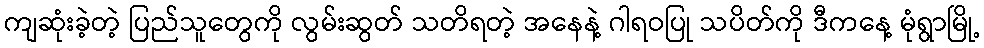
ကျဆုံးခဲ့တဲ့ ပြည်သူတွေကို လွမ်းဆွတ် သတိရတဲ့ အနေနဲ့ ဂါရဝပြု သပိတ်ကို ဒီကနေ့ မုံရွာမြို့